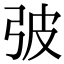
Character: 㢰